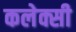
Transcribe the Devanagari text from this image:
कलेक्सी